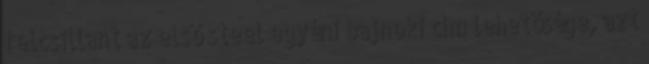
felcsillant az első steel egyéni bajnoki cím lehetősége, azt